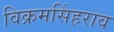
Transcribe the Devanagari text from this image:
विक्रमसिंहराव